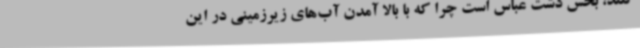
کنند، بخش دشت عباس است چرا که با بالا آمدن آب‌های زیرزمینی در این